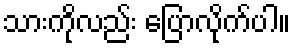
သားကိုလည်း ပြောလိုက်ပါ။